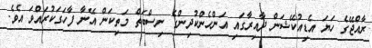
ރާއްޖޭގެ ހަޔަ އެޑިއުކޭޝަން ދާއިރާގައި އަންހެންކުދިންގެ ނިސްބަތް މަތިކަން އޭނާ ފާހަގަކުރައްވަ އެވެ.